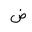
Letter: _dad